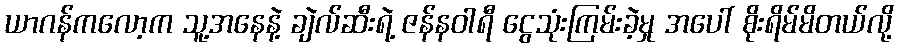
ယာဂန်ကလော့က သူ့အနေနဲ့ ချဲလ်ဆီးရဲ့ ဇန်နဝါရီ ငွေသုံးကြမ်းခဲ့မှု အပေါ် စိုးရိမ်မိတယ်လို့